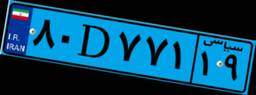
۷۱D۸۶۷۳۴